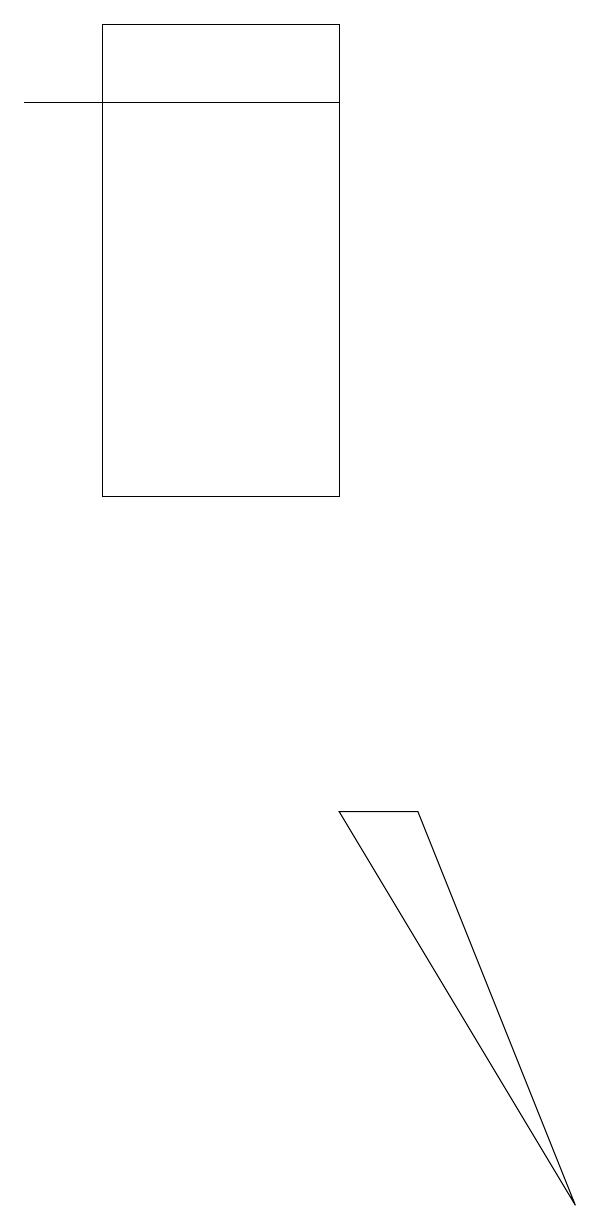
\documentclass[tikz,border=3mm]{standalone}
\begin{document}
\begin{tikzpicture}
\draw (5,9) -- (4,9) -- (7,4) -- cycle;
\draw (1,13) rectangle (4,19);
\draw (4,18) rectangle (0,18);
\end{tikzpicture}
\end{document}